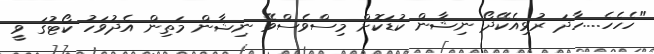
"ހެހެހެ....ހާދަ ރުޅިއެކޭދޯ ނިޝާން ކުޑަކޮށް މިސްވެސްވޭ ނިޝާން މަތިން އެދުވަހު ކޯޓުގަ ވީ